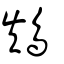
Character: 鴩